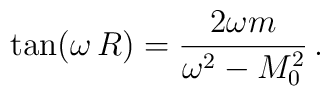
\tan(\omega \, R)=\frac{2 \omega m}{\omega^2-M_0^2}\,{.}